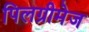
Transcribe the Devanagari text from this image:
पिलग्रीमेज